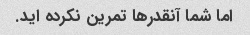
اما شما آنقدرها تمرین نکرده اید.